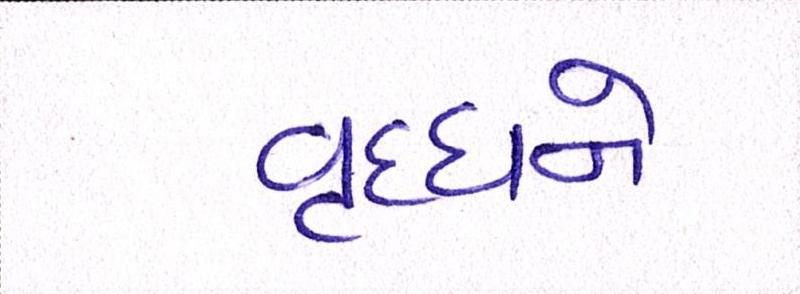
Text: વૃધ્ધને